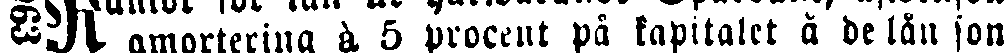
amortering à 5 procent på kapitalet å de lån som